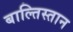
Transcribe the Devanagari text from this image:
बाल्तिस्तान